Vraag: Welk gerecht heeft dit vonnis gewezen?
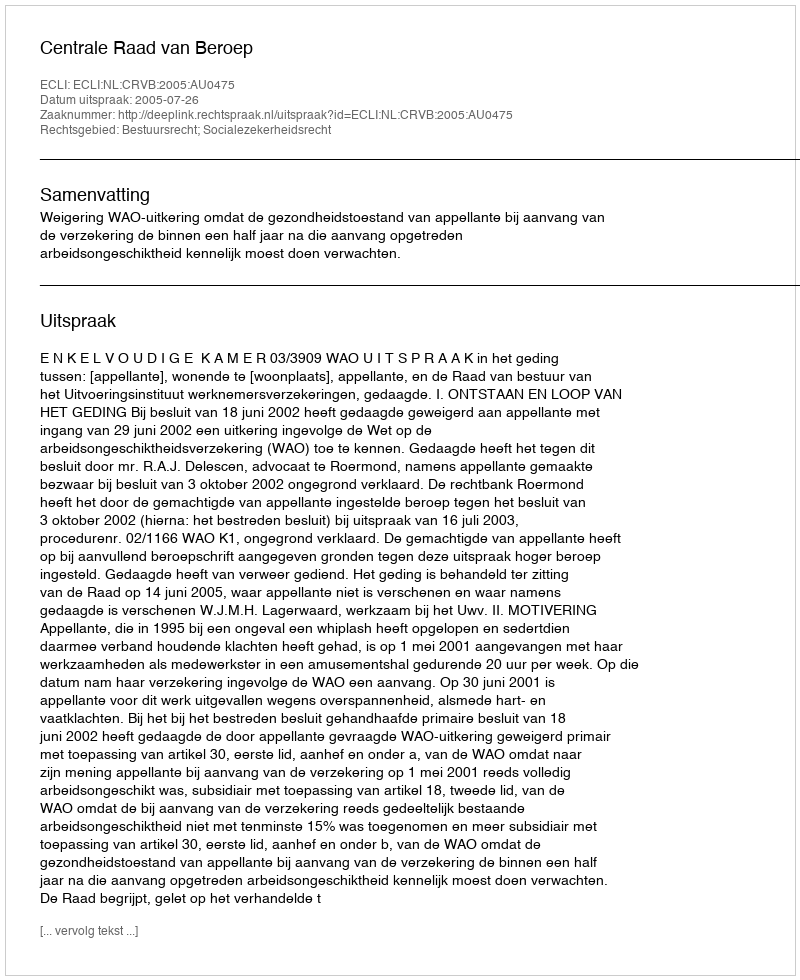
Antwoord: Centrale Raad van Beroep